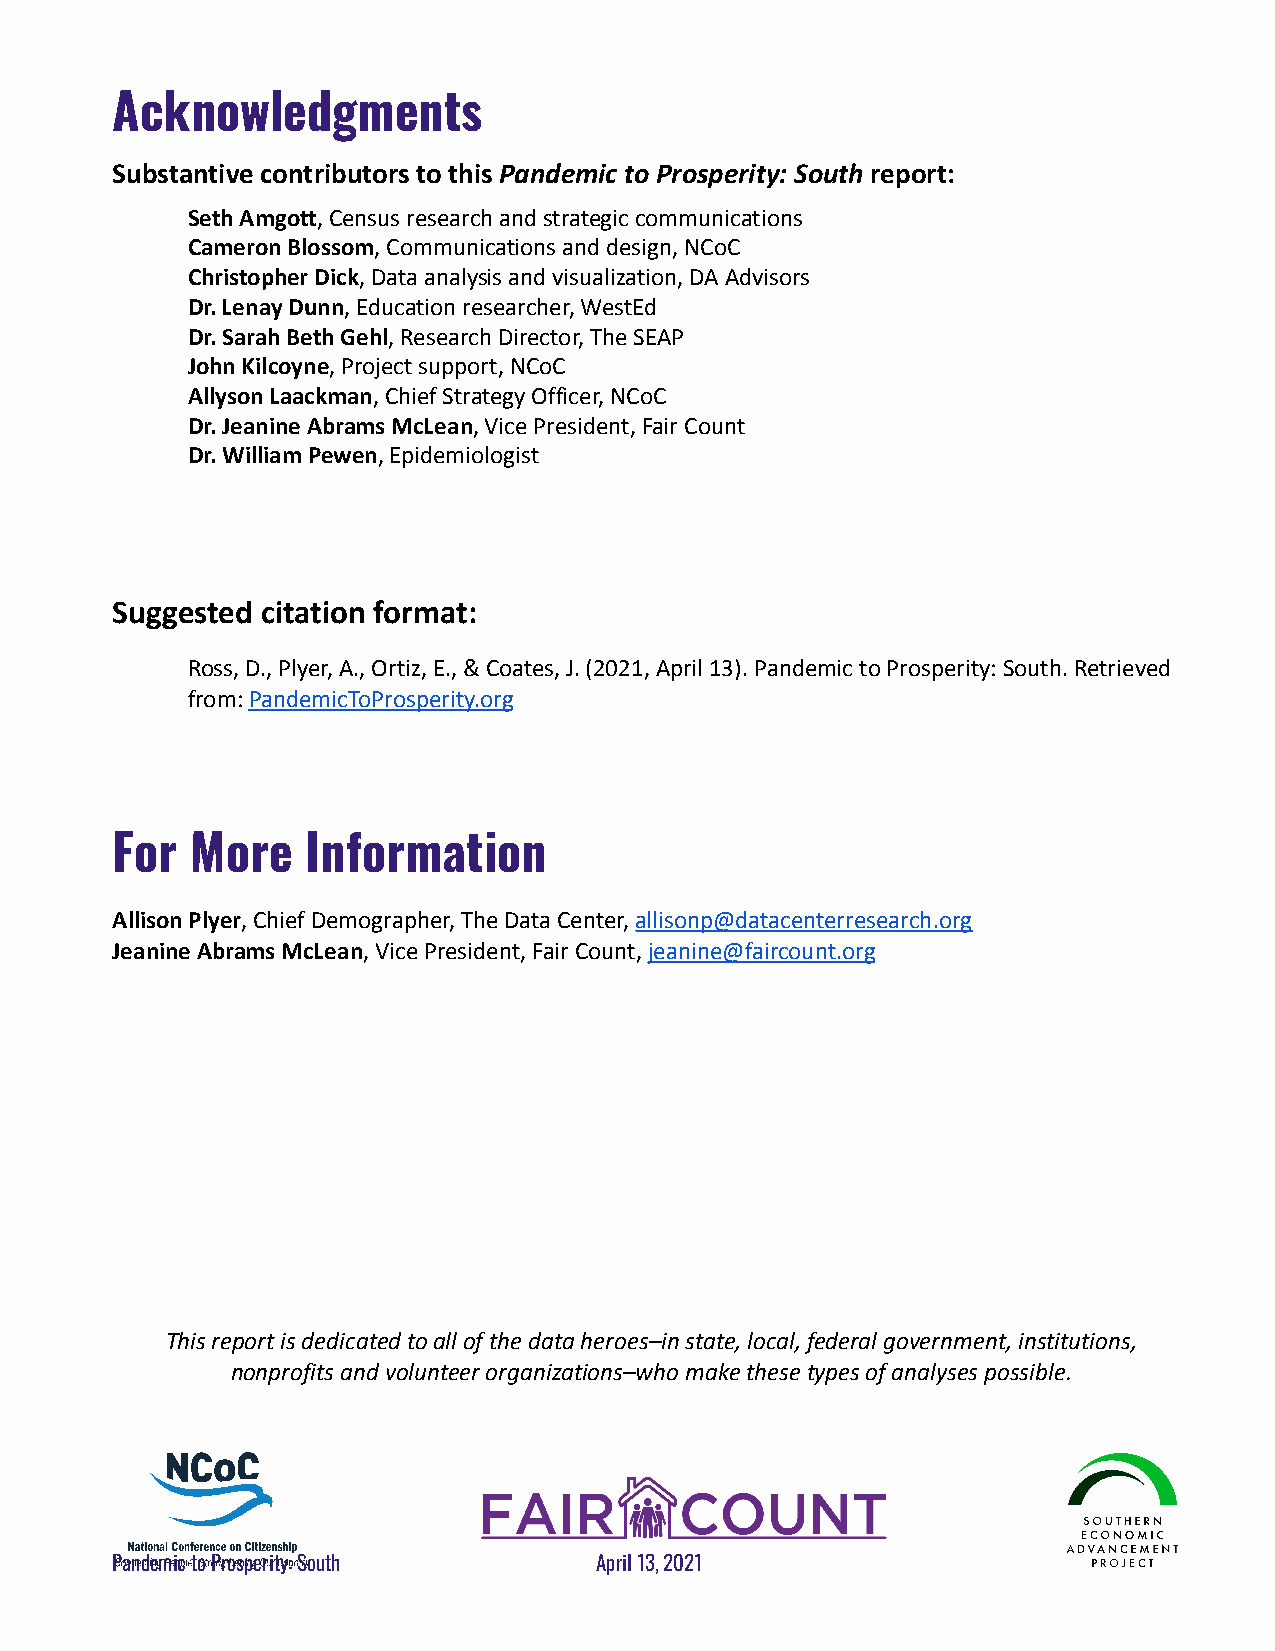
Acknowledgments
 Substantive contributors to this Pandemic to Prosperity: South report:
 Seth Amgott, Census research and strategic communications
 Cameron Blossom, Communications and design, NCoC
 Christopher Dick, Data analysis and visualization,DA Advisors
 Dr. Lenay Dunn, Education researcher, WestEd
 Dr. Sarah Beth Gehl, Research Director, The SEAP
 John Kilcoyne, Project support, NCoC
 Allyson Laackman, Chief Strategy Officer, NCoC
 Dr. Jeanine Abrams McLean, Vice President, Fair Count
 Dr. William Pewen, Epidemiologist
 Suggested citation format:
 Ross, D., Plyer, A., Ortiz, E., & Coates, J. (2021,April 13). Pandemic to Prosperity: South. Retrieved
 from:PandemicToProsperity.org
 For   More   Information
 Allison Plyer, Chief Demographer, The Data Center,allisonp@datacenterresearch.org
 Jeanine Abrams McLean, Vice President, Fair Count,jeanine@faircount.org
 This report is dedicated to all of the data heroes–instate, local, federal government, institutions,
 nonprofits and volunteer organizations–who make thesetypes of analyses possible.
 Pandemic to Prosperity: South   April 13, 2021                       42